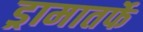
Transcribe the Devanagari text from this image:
ड्रामातर्फे